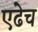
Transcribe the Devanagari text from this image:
एढेच